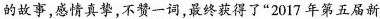
的故事，感情真挚，\underset{·}{不}\underset{·}{赞}\underset{·}{一}\underset{·}{词}